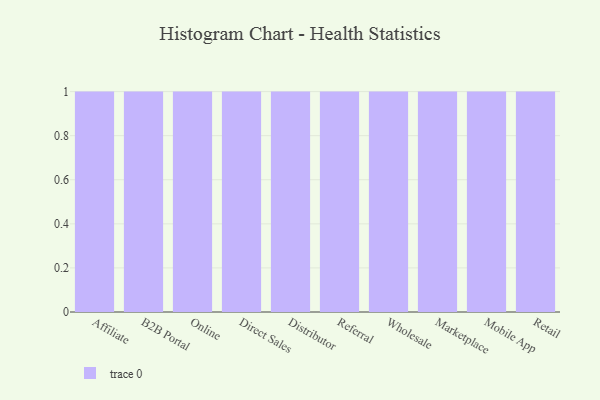
{"axis": {"x": "Channel", "y": "Budget (USD K)"}, "legend": [""], "data": [{"x": "Affiliate", "y": 52, "type": ""}, {"x": "B2B Portal", "y": 41, "type": ""}, {"x": "Online", "y": 17, "type": ""}, {"x": "Direct Sales", "y": 57, "type": ""}, {"x": "Distributor", "y": 98, "type": ""}, {"x": "Referral", "y": 46, "type": ""}, {"x": "Wholesale", "y": 61, "type": ""}, {"x": "Marketplace", "y": 92, "type": ""}, {"x": "Mobile App", "y": 89, "type": ""}, {"x": "Retail", "y": 77, "type": ""}]}